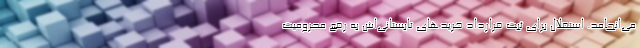
می‌انجامد. استقلال برای ثبت قرارداد خریدهای تابستانی‌اش به رفع محرومیت